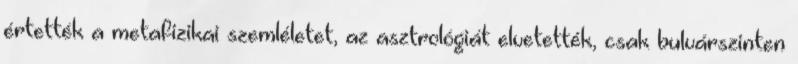
értették a metafizikai szemléletet, az asztrológiát elvetették, csak bulvárszinten